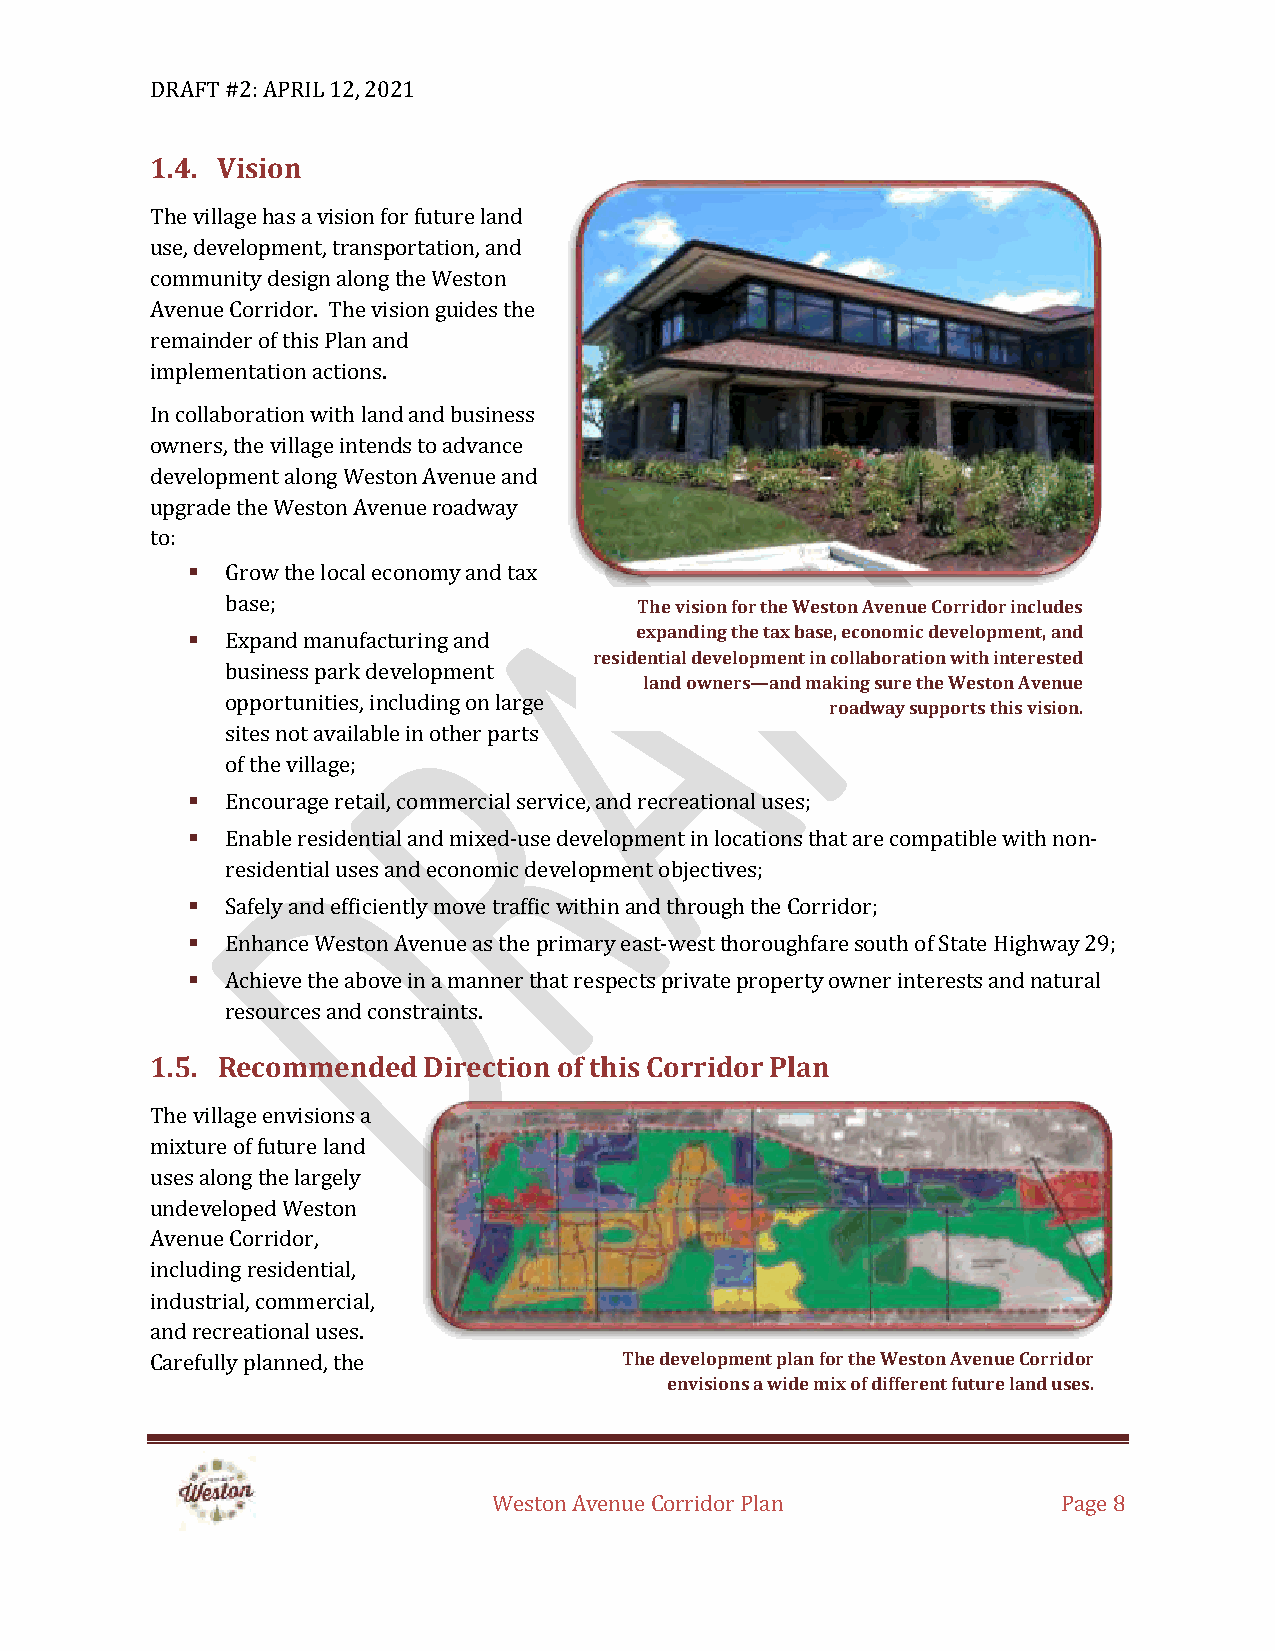
DRAFT #2: APRIL 12, 2021
 1.4. Vision
 The village has a vision for future land
 use, development, transportation, and
 community design along the Weston
 Avenue Corridor. The vision guides the
 remainder of this Plan and
 implementation actions.
 In collaboration with land and business
 owners, the village intends to advance
 development along Weston Avenue and
 upgrade the Weston Avenue roadway
 to:
 ▪  Grow the local economy and tax
 base;                      The vision for the Weston Avenue Corridor includes
 ▪  Expand manufacturing and   expanding the tax base, economic development, and
 residential development in collaboration with interested
 business park development
 land owners—and making sure the Weston Avenue
 opportunities, including on large
 roadway supports this vision.
 sites not available in other parts
 of the village;
 ▪  Encourage retail, commercial service, and recreational uses;
 ▪  Enable residential and mixed-use development in locations that are compatible with non-
 residential uses and economic development objectives;
 ▪  Safely and efficiently move traffic within and through the Corridor;
 ▪  Enhance Weston Avenue as the primary east-west thoroughfare south of State Highway 29;
 ▪  Achieve the above in a manner that respects private property owner interests and natural
 resources and constraints.
 1.5. Recommended  Direction of this Corridor Plan
 The village envisions a
 mixture of future land
 uses along the largely
 undeveloped Weston
 Avenue Corridor,
 including residential,
 industrial, commercial,
 and recreational uses.
 Carefully planned, the         The development plan for the Weston Avenue Corridor
 envisions a wide mix of different future land uses.
 Weston Avenue Corridor Plan          Page 8